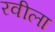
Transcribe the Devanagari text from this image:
रवीला